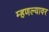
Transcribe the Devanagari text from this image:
म्हणल्यावर